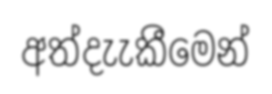
අත්දැැකීමෙන්